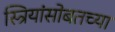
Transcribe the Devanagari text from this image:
स्त्रियांसोबतच्या